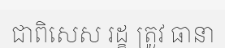
ជាពិសេស រដ្ខ ត្រូវ ធានា